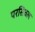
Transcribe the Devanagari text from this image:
परसिवल